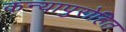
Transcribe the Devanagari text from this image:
कन्यापुरोहित